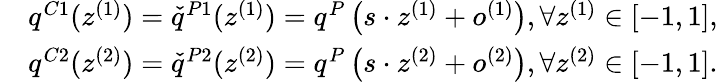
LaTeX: \begin{array}{rl}&{q^{C1}(z^{(1)})=\check{q}^{P1}(z^{(1)})=q^{P}\left(s\cdot z^{(1)}+o^{(1)}\right),\forall z^{(1)}\in[-1,1],}\\ &{q^{C2}(z^{(2)})=\check{q}^{P2}(z^{(2)})=q^{P}\left(s\cdot z^{(2)}+o^{(2)}\right),\forall z^{(2)}\in[-1,1].}\end{array}